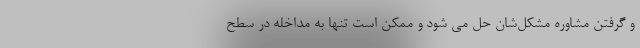
و گرفتن مشاوره مشکل‌شان حل می شود و ممکن است تنها به مداخله در سطح